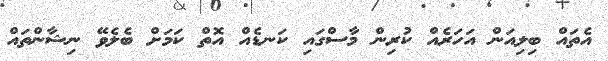
އެތައް ބިލިއަން އަހަރެއް ކުރިން މާސްގައި ކަނޑެއް އޮތް ކަމަށް ބެލެވޭ ނިޝާންތައް